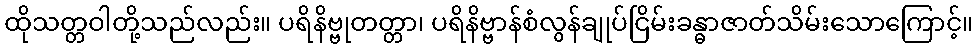
ထိုသတ္တဝါတို့သည်လည်း။ ပရိနိဗ္ဗုတတ္တာ၊ ပရိနိဗ္ဗာန်စံလွန်ချုပ်ငြိမ်းခန္ဓာဇာတ်သိမ်းသောကြောင့်။